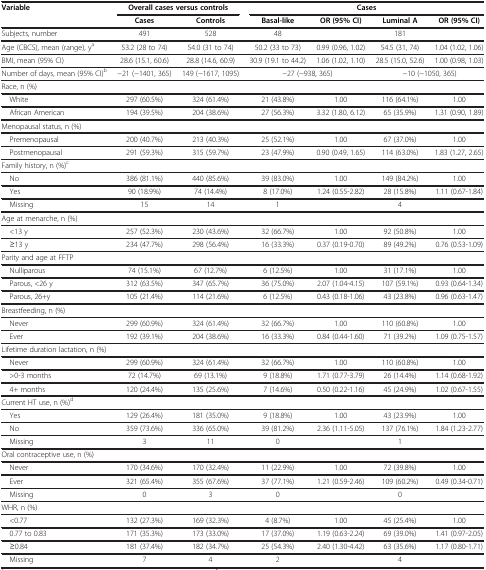
<table><thead><tr><td rowspan="2"><b>Variable</b></td><td colspan="2"><b>Overall cases versus controls</b></td><td colspan="4"><b>Cases</b></td></tr><tr><td><b>Cases</b></td><td><b>Controls</b></td><td><b>Basal-like</b></td><td><b>OR (95% CI)</b></td><td><b>Luminal A</b></td><td><b>OR (95% CI)</b></td></tr></thead><tbody><tr><td>Subjects, number</td><td>491</td><td>528</td><td>48</td><td> </td><td>181</td><td> </td></tr><tr><td>Age (CBCS), mean (range), y<sup>a</sup></td><td>53.2 (28 to 74)</td><td>54.0 (31 to 74)</td><td>50.2 (33 to 73)</td><td>0.99 (0.96, 1.02)</td><td>54.5 (31, 74)</td><td>1.04 (1.02, 1.06)</td></tr><tr><td>BMI, mean (95% CI)</td><td>28.6 (15.1, 60.6)</td><td>28.8 (14.6, 60.9)</td><td>30.9 (19.1 to 44.2)</td><td>1.06 (1.02, 1.10)</td><td>28.5 (15.0, 52.6)</td><td>1.00 (0.98, 1.03)</td></tr><tr><td>Number of days, mean (95% CI)<sup>b</sup></td><td>−21 (−1401, 365)</td><td>149 (−1617, 1095)</td><td colspan="2">−27 (−938, 365)</td><td colspan="2">−10 (−1050, 365)</td></tr><tr><td>Race, n (%)</td><td> </td><td> </td><td> </td><td> </td><td> </td><td> </td></tr><tr><td> White</td><td>297 (60.5%)</td><td>324 (61.4%)</td><td>21 (43.8%)</td><td>1.00</td><td>116 (64.1%)</td><td>1.00</td></tr><tr><td> African American</td><td>194 (39.5%)</td><td>204 (38.6%)</td><td>27 (56.3%)</td><td>3.32 (1.80, 6.12)</td><td>65 (35.9%)</td><td>1.31 (0.90, 1.89)</td></tr><tr><td>Menopausal status, n (%)</td><td> </td><td> </td><td> </td><td> </td><td> </td><td> </td></tr><tr><td> Premenopausal</td><td>200 (40.7%)</td><td>213 (40.3%)</td><td>25 (52.1%)</td><td>1.00</td><td>67 (37.0%)</td><td>1.00</td></tr><tr><td> Postmenopausal</td><td>291 (59.3%)</td><td>315 (59.7%)</td><td>23 (47.9%)</td><td>0.90 (0.49, 1.65)</td><td>114 (63.0%)</td><td>1.83 (1.27, 2.65)</td></tr><tr><td>Family history, n (%)<sup>c</sup></td><td> </td><td> </td><td> </td><td> </td><td> </td><td> </td></tr><tr><td> No</td><td>386 (81.1%)</td><td>440 (85.6%)</td><td>39 (83.0%)</td><td>1.00</td><td>149 (84.2%)</td><td>1.00</td></tr><tr><td> Yes</td><td>90 (18.9%)</td><td>74 (14.4%)</td><td>8 (17.0%)</td><td>1.24 (0.55-2.82)</td><td>28 (15.8%)</td><td>1.11 (0.67-1.84)</td></tr><tr><td> Missing</td><td>15</td><td>14</td><td>1</td><td> </td><td>4</td><td> </td></tr><tr><td>Age at menarche, n (%)</td><td> </td><td> </td><td> </td><td> </td><td> </td><td> </td></tr><tr><td> &lt;13 y</td><td>257 (52.3%)</td><td>230 (43.6%)</td><td>32 (66.7%)</td><td>1.00</td><td>92 (50.8%)</td><td>1.00</td></tr><tr><td> ≥13 y</td><td>234 (47.7%)</td><td>298 (56.4%)</td><td>16 (33.3%)</td><td>0.37 (0.19-0.70)</td><td>89 (49.2%)</td><td>0.76 (0.53-1.09)</td></tr><tr><td>Parity and age at FFTP</td><td> </td><td> </td><td> </td><td> </td><td> </td><td> </td></tr><tr><td> Nulliparous</td><td>74 (15.1%)</td><td>67 (12.7%)</td><td>6 (12.5%)</td><td>1.00</td><td>31 (17.1%)</td><td>1.00</td></tr><tr><td> Parous, &lt;26 y</td><td>312 (63.5%)</td><td>347 (65.7%)</td><td>36 (75.0%)</td><td>2.07 (1.04-4.15)</td><td>107 (59.1%)</td><td>0.93 (0.64-1.34)</td></tr><tr><td> Parous, 26+y</td><td>105 (21.4%)</td><td>114 (21.6%)</td><td>6 (12.5%)</td><td>0.43 (0.18-1.06)</td><td>43 (23.8%)</td><td>0.96 (0.63-1.47)</td></tr><tr><td>Breastfeeding, n (%)</td><td> </td><td> </td><td> </td><td> </td><td> </td><td> </td></tr><tr><td> Never</td><td>299 (60.9%)</td><td>324 (61.4%)</td><td>32 (66.7%)</td><td>1.00</td><td>110 (60.8%)</td><td>1.00</td></tr><tr><td> Ever</td><td>192 (39.1%)</td><td>204 (38.6%)</td><td>16 (33.3%)</td><td>0.84 (0.44-1.60)</td><td>71 (39.2%)</td><td>1.09 (0.75-1.57)</td></tr><tr><td>Lifetime duration lactation, n (%)</td><td> </td><td> </td><td> </td><td> </td><td> </td><td> </td></tr><tr><td> Never</td><td>299 (60.9%)</td><td>324 (61.4%)</td><td>32 (66.7%)</td><td>1.00</td><td>110 (60.8%)</td><td>1.00</td></tr><tr><td> &gt;0-3 months</td><td>72 (14.7%)</td><td>69 (13.1%)</td><td>9 (18.8%)</td><td>1.71 (0.77-3.79)</td><td>26 (14.4%)</td><td>1.14 (0.68-1.92)</td></tr><tr><td> 4+ months</td><td>120 (24.4%)</td><td>135 (25.6%)</td><td>7 (14.6%)</td><td>0.50 (0.22-1.16)</td><td>45 (24.9%)</td><td>1.02 (0.67-1.55)</td></tr><tr><td>Current HT use, n (%)<sup>d</sup></td><td> </td><td> </td><td> </td><td> </td><td> </td><td> </td></tr><tr><td> Yes</td><td>129 (26.4%)</td><td>181 (35.0%)</td><td>9 (18.8%)</td><td>1.00</td><td>43 (23.9%)</td><td>1.00</td></tr><tr><td> No</td><td>359 (73.6%)</td><td>336 (65.0%)</td><td>39 (81.2%)</td><td>2.36 (1.11-5.05)</td><td>137 (76.1%)</td><td>1.84 (1.23-2.77)</td></tr><tr><td> Missing</td><td>3</td><td>11</td><td>0</td><td> </td><td>1</td><td> </td></tr><tr><td>Oral contraceptive use, n (%)</td><td> </td><td> </td><td> </td><td> </td><td> </td><td> </td></tr><tr><td> Never</td><td>170 (34.6%)</td><td>170 (32.4%)</td><td>11 (22.9%)</td><td>1.00</td><td>72 (39.8%)</td><td>1.00</td></tr><tr><td> Ever</td><td>321 (65.4%)</td><td>355 (67.6%)</td><td>37 (77.1%)</td><td>1.21 (0.59-2.46)</td><td>109 (60.2%)</td><td>0.49 (0.34-0.71)</td></tr><tr><td> Missing</td><td>0</td><td>3</td><td>0</td><td> </td><td>0</td><td> </td></tr><tr><td>WHR, n (%)</td><td> </td><td> </td><td> </td><td> </td><td> </td><td> </td></tr><tr><td> &lt;0.77</td><td>132 (27.3%)</td><td>169 (32.3%)</td><td>4 (8.7%)</td><td>1.00</td><td>45 (25.4%)</td><td>1.00</td></tr><tr><td> 0.77 to 0.83</td><td>171 (35.3%)</td><td>173 (33.0%)</td><td>17 (37.0%)</td><td>1.19 (0.63-2.24)</td><td>69 (39.0%)</td><td>1.41 (0.97-2.05)</td></tr><tr><td> ≥0.84</td><td>181 (37.4%)</td><td>182 (34.7%)</td><td>25 (54.3%)</td><td>2.40 (1.30-4.42)</td><td>63 (35.6%)</td><td>1.17 (0.80-1.71)</td></tr><tr><td> Missing</td><td>7</td><td>4</td><td>2</td><td> </td><td>4</td><td> </td></tr></tbody></table>